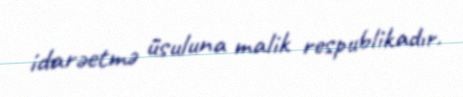
idarəetmə üsuluna malik respublikadır.